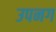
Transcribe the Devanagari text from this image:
उपनग